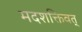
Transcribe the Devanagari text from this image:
मदशक्तिवत्